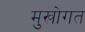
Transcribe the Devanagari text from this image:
मुखोगत